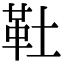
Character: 靯